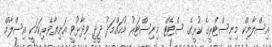
އިސްލާމިކް މިނިސްޓްރީގެ ކުރީގެ ސްޓޭޓް މިނިސްޓަރު މުހައްމަދު ދީދީ ވިދާޅުވީ އަނިޔާވެރިކަމަކީ އިސްލާމް